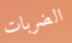
الضربات